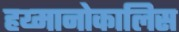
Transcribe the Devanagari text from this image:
हय्मानोकालिस